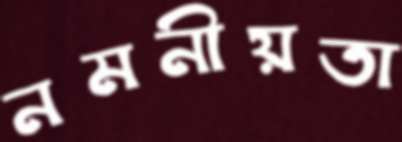
নমনীয়তা